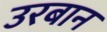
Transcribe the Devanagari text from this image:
उरबान